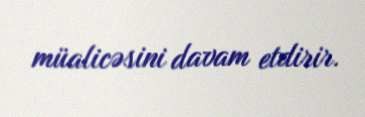
müalicəsini davam etdirir.